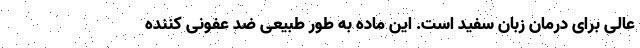
عالی برای درمان زبان سفید است. این ماده به طور طبیعی ضد عفونی کننده